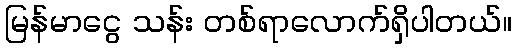
မြန်မာငွေ သန်း တစ်ရာလောက်ရှိပါတယ်။